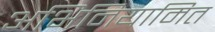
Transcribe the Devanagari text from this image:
अभिनियामित